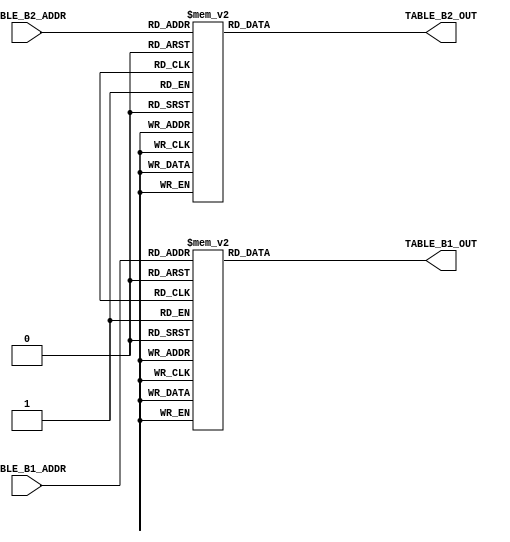
module pcmb_tables(
		input [3:0] TABLE_B1_ADDR,
		output reg [4:0] TABLE_B1_OUT,
		input [2:0] TABLE_B2_ADDR,		// 3:0 but 2x repeat
		output reg [7:0] TABLE_B2_OUT
	);
	
	// Todo: Could be made in combi
	// Out = ((In & 7) << 1) | 1, neg if In[3]
	always @(TABLE_B1_ADDR)
	begin
		case (TABLE_B1_ADDR)
			4'h0 : TABLE_B1_OUT <= 5'd1;
			4'h1 : TABLE_B1_OUT <= 5'd3;
			4'h2 : TABLE_B1_OUT <= 5'd5;
			4'h3 : TABLE_B1_OUT <= 5'd7;
			4'h4 : TABLE_B1_OUT <= 5'd9;
			4'h5 : TABLE_B1_OUT <= 5'd11;
			4'h6 : TABLE_B1_OUT <= 5'd13;
			4'h7 : TABLE_B1_OUT <= 5'd15;
			4'h8 : TABLE_B1_OUT <= -5'd1;
			4'h9 : TABLE_B1_OUT <= -5'd3;
			4'hA : TABLE_B1_OUT <= -5'd5;
			4'hB : TABLE_B1_OUT <= -5'd7;
			4'hC : TABLE_B1_OUT <= -5'd9;
			4'hD : TABLE_B1_OUT <= -5'd11;
			4'hE : TABLE_B1_OUT <= -5'd13;
			4'hF : TABLE_B1_OUT <= -5'd15;
		endcase
	end
	
	always @(TABLE_B2_ADDR)
	begin
		case (TABLE_B2_ADDR)
			3'h0 : TABLE_B2_OUT <= 8'd57;		// Todo: Reduce
			3'h1 : TABLE_B2_OUT <= 8'd57;
			3'h2 : TABLE_B2_OUT <= 8'd57;
			3'h3 : TABLE_B2_OUT <= 8'd57;
			3'h4 : TABLE_B2_OUT <= 8'd77;
			3'h5 : TABLE_B2_OUT <= 8'd102;
			3'h6 : TABLE_B2_OUT <= 8'd128;
			3'h7 : TABLE_B2_OUT <= 8'd153;
		endcase
	end
	
endmodule